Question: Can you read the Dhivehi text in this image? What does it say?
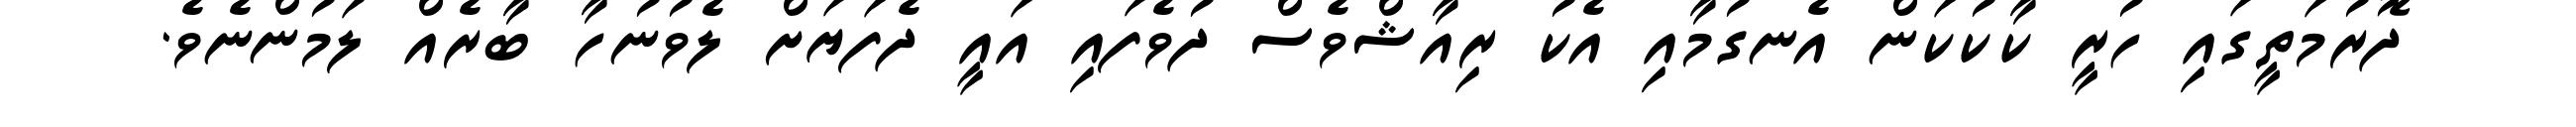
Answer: ދޮރުމަތީގައި ހުރީ ކާކުކަން އެނގުމާއި އެކު ރިއާޝްވެސް ދުވެފައި އައީ ދެފަޔަށް ލެވުނުހާ ބާރެއް ލަމުންނެވެ.